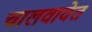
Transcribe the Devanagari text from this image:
चालवावेत